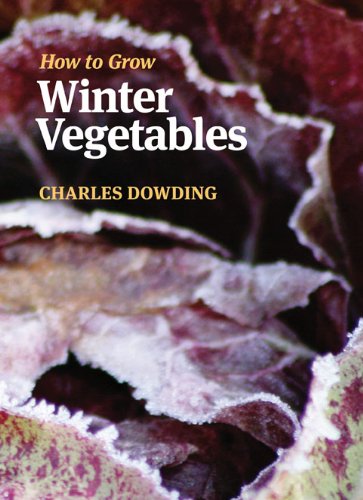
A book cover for How to Grow Winter Vegetables; Charles Dowding; Crafts, Hobbies & Home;